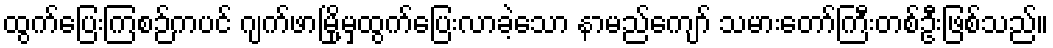
ထွက်ပြေးကြစဉ်ကပင် ဂျက်ဖာမြို့မှထွက်ပြေးလာခဲ့သော နာမည်ကျော် သမားတော်ကြီးတစ်ဦးဖြစ်သည်။